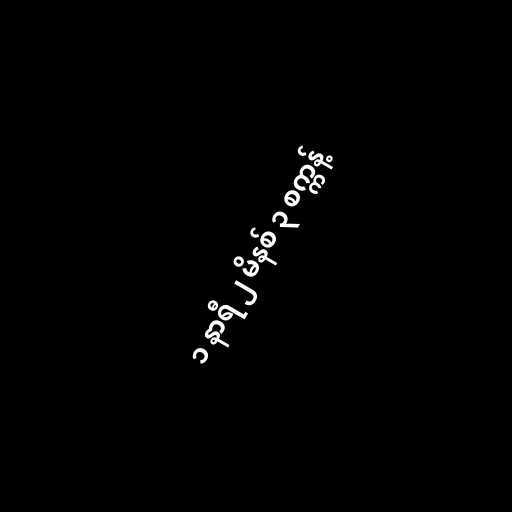
၁ နာရီ ၂ မိနစ် ၃ စက္ကန့်